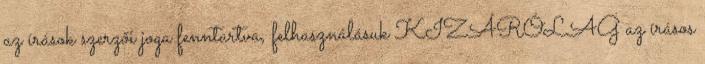
az írások szerzői joga fenntartva, felhasználásuk KIZÁRÓLAG az írásos